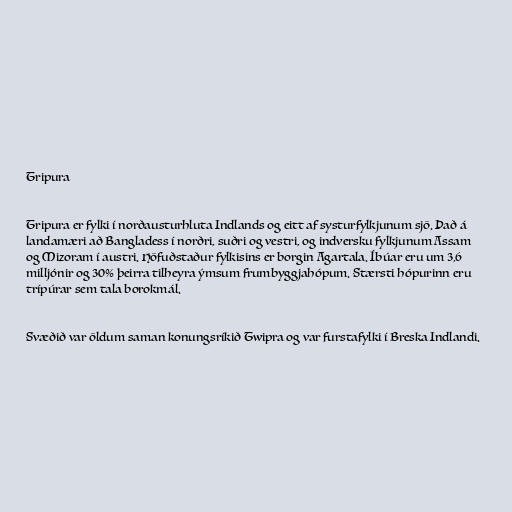
Tripura

Tripura er fylki í norðausturhluta Indlands og eitt af systurfylkjunum sjö. Það á
landamæri að Bangladess í norðri, suðri og vestri, og indversku fylkjunum Assam
og Mizoram í austri. Höfuðstaður fylkisins er borgin Agartala. Íbúar eru um 3,6
milljónir og 30% þeirra tilheyra ýmsum frumbyggjahópum. Stærsti hópurinn eru
trípúrar sem tala borokmál.

Svæðið var öldum saman konungsríkið Twipra og var furstafylki í Breska Indlandi.